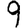
Digit: 9